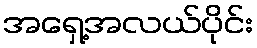
အရှေ့အလယ်ပိုင်း